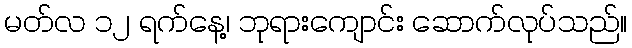
မတ်လ ၁၂ ရက်နေ့၊ ဘုရားကျောင်း ဆောက်လုပ်သည်။